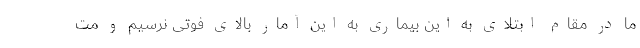
ما در مقام ابتلای به این بیماری به این آمار بالای فوتی نرسیم و مت